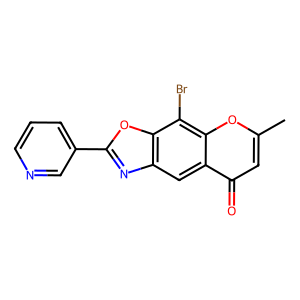
SMILES: Cc1cc(=O)c2cc3nc(-c4cccnc4)oc3c(Br)c2o1
Inhibits HIV replication: No